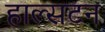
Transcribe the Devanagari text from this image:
हाल्सटन